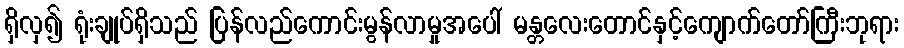
ရှိလှ၍ ရုံးချုပ်ရှိသည် ပြန်လည်ကောင်းမွန်လာမှုအပေါ် မန္တလေးတောင်နှင့်ကျောက်တော်ကြီးဘုရား